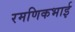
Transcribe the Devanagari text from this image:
रमणिकभाई